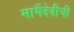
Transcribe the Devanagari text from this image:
मार्गैदेवीची